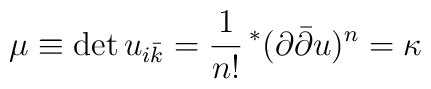
\mu \equiv \det u_{i\bar{k}}=  \frac{1}{n!}\, ^* ( \partial \bar{\partial} u )^n  = \kappa